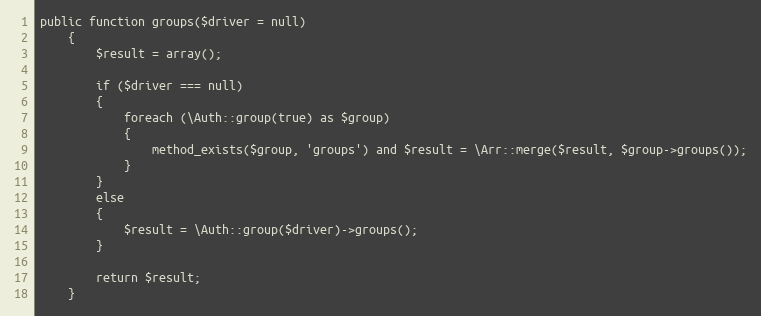
Language: PHP
public function groups($driver = null)
	{
		$result = array();

		if ($driver === null)
		{
			foreach (\Auth::group(true) as $group)
			{
				method_exists($group, 'groups') and $result = \Arr::merge($result, $group->groups());
			}
		}
		else
		{
			$result = \Auth::group($driver)->groups();
		}

		return $result;
	}